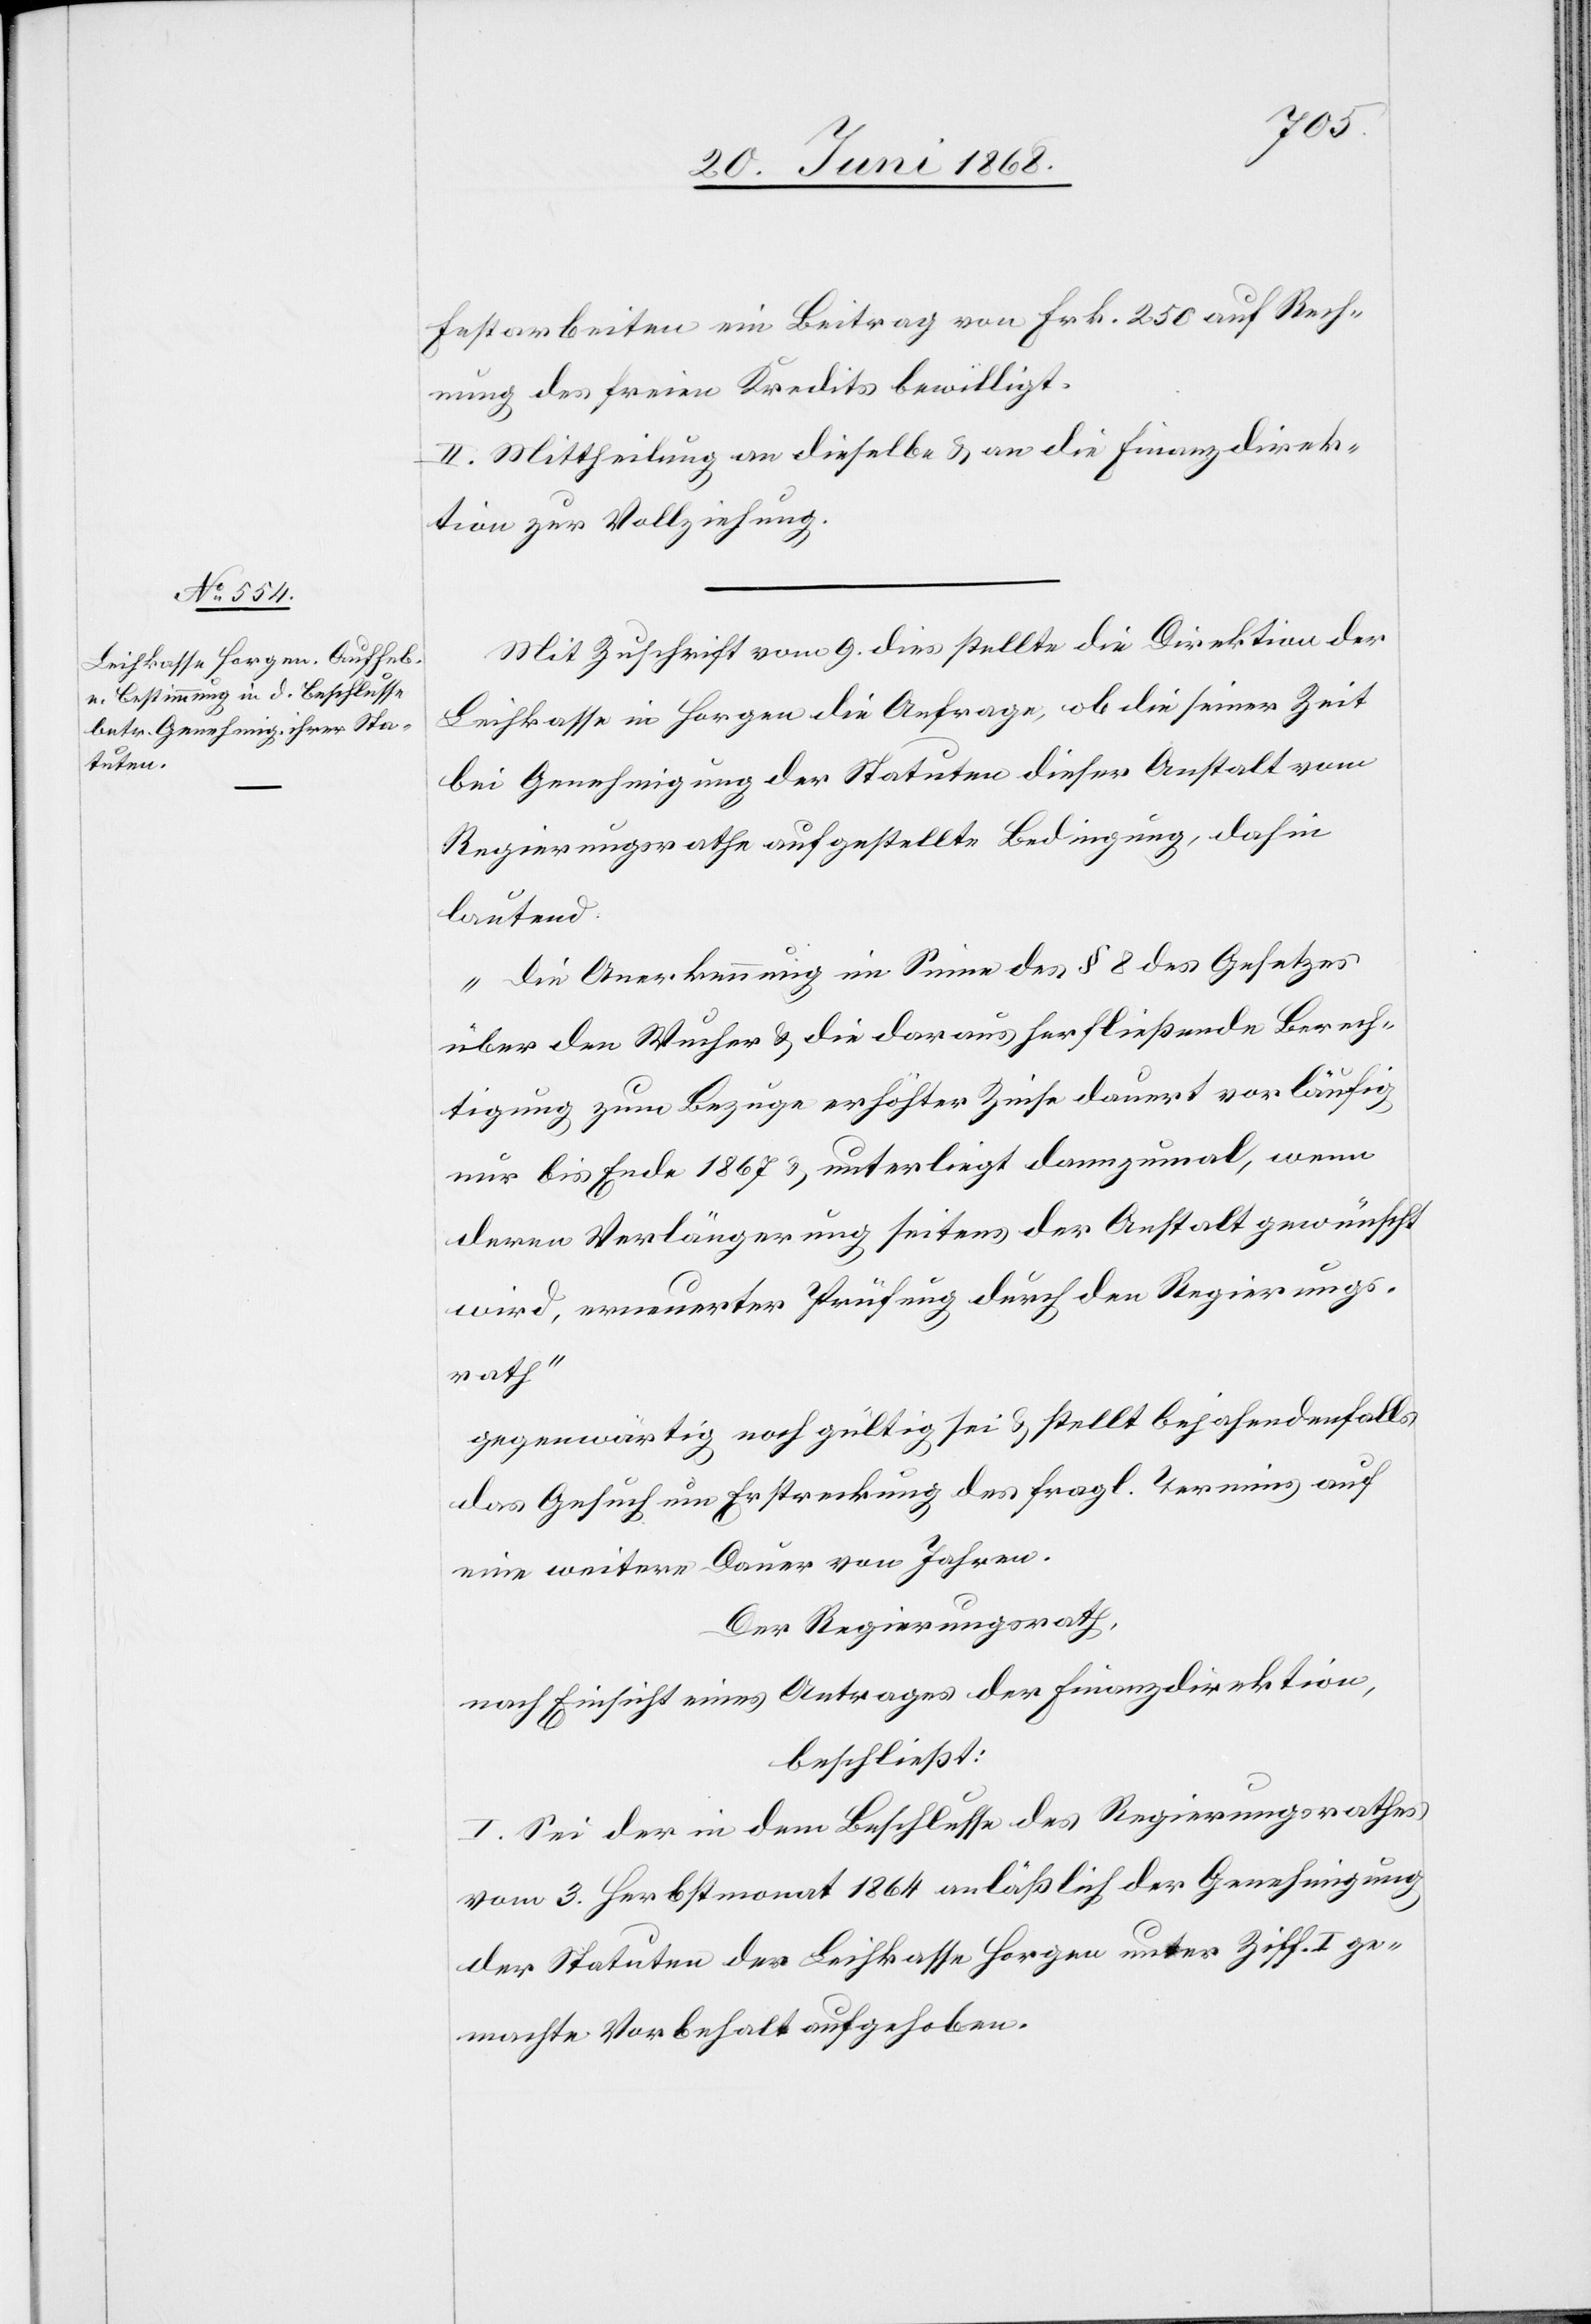
Festarbeiten ein Beitrag von Frk. 250 auf Rech¬
nung des freien Kredits bewilligt.
II. Mittheilung an dieselbe & an die Finanzdirek¬
tion zur Vollziehung.
Mit Zuschrift vom 9. dies stellte die Direktion der
Leihkasse in Horgen die Anfrage, ob die seiner Zeit
bei Genehmigung der Statuten dieser Anstalt vom
Regierungsrathe aufgestellte Bedingung, dahin
lautend.
„die Anerkennung im Sinne des § 8 des Gesetzes
über den Wucher & die daraus herfließende Berech¬
tigung zum Bezuge erhöhter Zinse dauert vorläufig
nur bis Ende 1867 & unterliegt dannzumal, wenn
deren Verlängerung seitens der Anstalt gewünscht
wird, erneuerter Prüfung durch den Regierungs¬
rath“
gegenwärtig noch gültig sei & stellt bejahendenfalls
das Gesuch um Erstreckung des fragl. Termins auf
eine weitere Dauer von Jahren.
Der Regierungsrath,
nach Einsicht eines Antrages der Finanzdirektion,
beschließt:
I. Sei der in dem Beschlusse des Regierungsrathes
vom 3. Herbstmonat 1864 anläßlich der Genehmigung
der Statuten der Leihkasse Horgen unter Ziff. I ge¬
machte Vorbehalt aufgehoben.